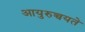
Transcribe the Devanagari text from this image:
आयुरुच्चयते